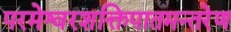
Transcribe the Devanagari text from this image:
परमेश्वरशक्तिपातमन्तरेण